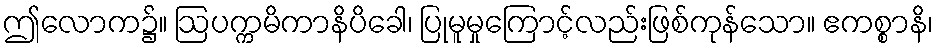
ဤလောက၌။ ဩပက္ကမိကာနိပိခေါ၊ ပြုမူမှုကြောင့်လည်းဖြစ်ကုန်သော။ ဧကစ္စာနိ၊